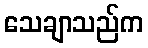
သေချာသည်က